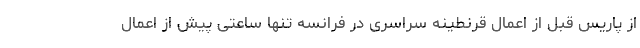
از پاریس قبل از اعمال قرنطینه سراسری در فرانسه تنها ساعتی پیش از اعمال